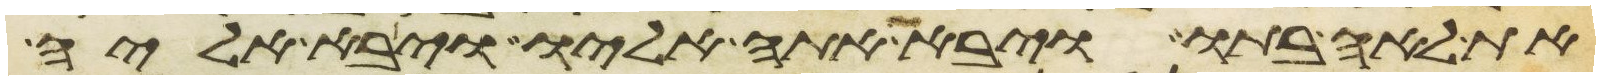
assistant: את לאה בתו ויבא אתה אליו ויבא אליה